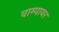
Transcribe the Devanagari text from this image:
वाम्पायर